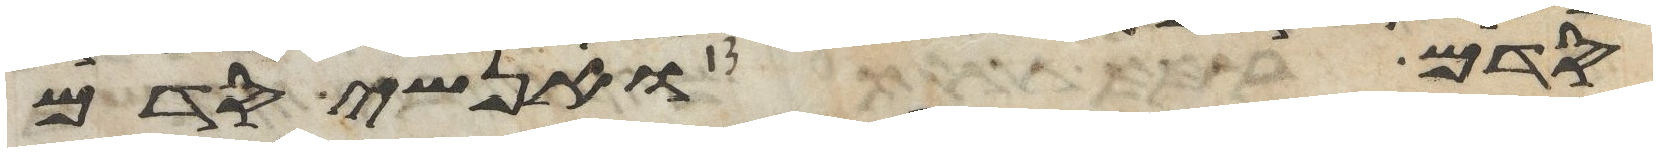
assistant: סדם ואנשי סדם